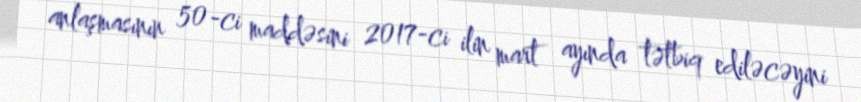
anlaşmasının 50-ci maddəsini 2017-ci ilin mart ayında tətbiq ediləcəyini